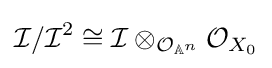
{\mathcal {I}}/{\mathcal {I}}^{2}\cong {\mathcal {I}}\otimes _{{\mathcal {O}}_{\mathbb {A} ^{n}}}{\mathcal {O}}_{X_{0}}